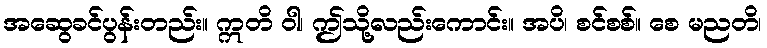
အဆွေခင်ပွန်းတည်း။ ဣတိ ဝါ၊ ဤသို့လည်းကောင်း။ အပိ၊ စင်စစ်။ စေ မညတိ၊